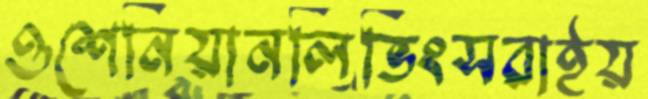
ওশেনিয়ানলিভিংসরাইয়